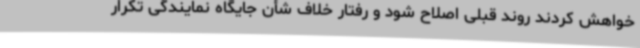
خواهش کردند روند قبلی اصلاح شود و رفتار خلاف شأن جایگاه نمایندگی تکرار